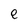
Character: e